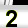
Digit: 2